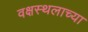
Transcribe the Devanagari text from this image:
वक्षस्थलाच्या